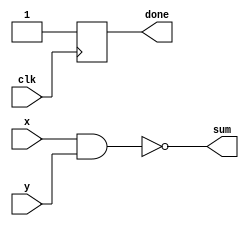
module bit_nand(
 input [7:0]x,
 input [7:0]y,
 input clk,
 output done,
 output [7:0]sum
);
 
reg d=1'b0;
 assign done=d;
 assign sum = x~&y;
 always @(posedge clk) begin
  if(~done) begin
   d=1'b1;
  end
 end
  
endmodule